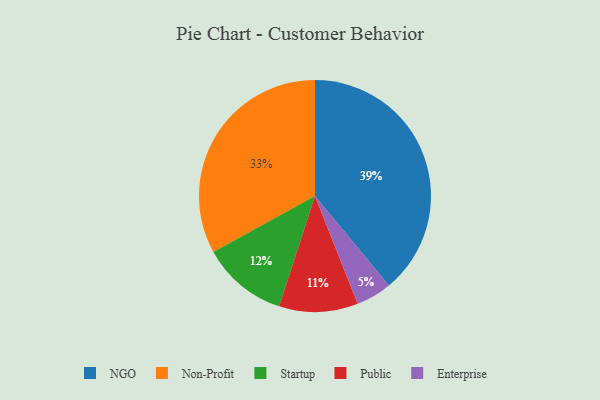
{"axis": {"x": "Category", "y": "Percentage"}, "legend": ["Enterprise", "NGO", "Non-Profit", "Public", "Startup"], "data": [{"x": "Enterprise", "y": 5, "type": "Enterprise"}, {"x": "Non-Profit", "y": 33, "type": "Non-Profit"}, {"x": "Public", "y": 11, "type": "Public"}, {"x": "NGO", "y": 39, "type": "NGO"}, {"x": "Startup", "y": 12, "type": "Startup"}]}